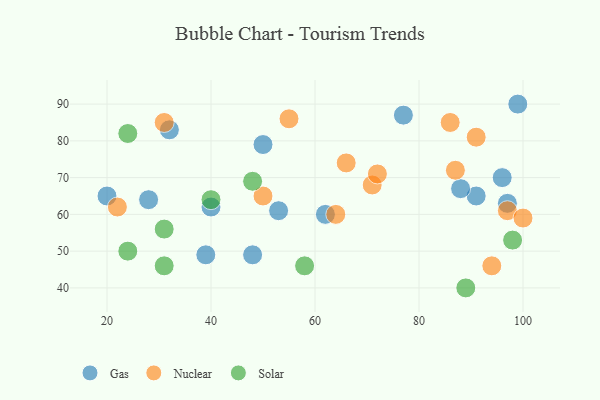
{"axis": {"x": "GDP", "y": "Life Expectancy"}, "legend": ["Gas", "Nuclear", "Solar"], "data": [{"x": "91", "y": 65, "type": "Gas"}, {"x": "53", "y": 61, "type": "Gas"}, {"x": "77", "y": 87, "type": "Gas"}, {"x": "96", "y": 70, "type": "Gas"}, {"x": "39", "y": 49, "type": "Gas"}, {"x": "50", "y": 79, "type": "Gas"}, {"x": "20", "y": 65, "type": "Gas"}, {"x": "97", "y": 63, "type": "Gas"}, {"x": "48", "y": 49, "type": "Gas"}, {"x": "62", "y": 60, "type": "Gas"}, {"x": "32", "y": 83, "type": "Gas"}, {"x": "99", "y": 90, "type": "Gas"}, {"x": "88", "y": 67, "type": "Gas"}, {"x": "28", "y": 64, "type": "Gas"}, {"x": "40", "y": 62, "type": "Gas"}, {"x": "22", "y": 62, "type": "Nuclear"}, {"x": "97", "y": 61, "type": "Nuclear"}, {"x": "100", "y": 59, "type": "Nuclear"}, {"x": "50", "y": 65, "type": "Nuclear"}, {"x": "31", "y": 85, "type": "Nuclear"}, {"x": "94", "y": 46, "type": "Nuclear"}, {"x": "71", "y": 68, "type": "Nuclear"}, {"x": "87", "y": 72, "type": "Nuclear"}, {"x": "66", "y": 74, "type": "Nuclear"}, {"x": "91", "y": 81, "type": "Nuclear"}, {"x": "55", "y": 86, "type": "Nuclear"}, {"x": "72", "y": 71, "type": "Nuclear"}, {"x": "64", "y": 60, "type": "Nuclear"}, {"x": "86", "y": 85, "type": "Nuclear"}, {"x": "48", "y": 69, "type": "Solar"}, {"x": "31", "y": 46, "type": "Solar"}, {"x": "40", "y": 64, "type": "Solar"}, {"x": "24", "y": 82, "type": "Solar"}, {"x": "31", "y": 56, "type": "Solar"}, {"x": "24", "y": 50, "type": "Solar"}, {"x": "89", "y": 40, "type": "Solar"}, {"x": "98", "y": 53, "type": "Solar"}, {"x": "58", "y": 46, "type": "Solar"}]}